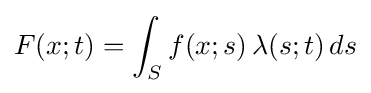
F(x;t)=\int _{S}f(x;s)\,\lambda (s;t)\,ds